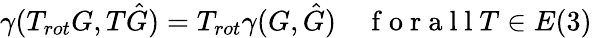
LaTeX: \gamma(T_{rot}G,T\hat{G})=T_{rot}\gamma(G,\hat{G})\quad\mathrm{~f~o~r~a~l~l~}T\in E(3)